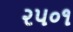
૨૫૦૧